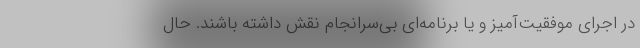
در اجرای موفقیت‌آمیز و یا برنامه‌ای بی‌سرانجام نقش داشته باشند. حال